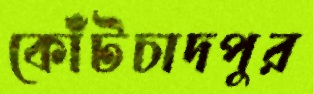
কোঁটচাদপুর